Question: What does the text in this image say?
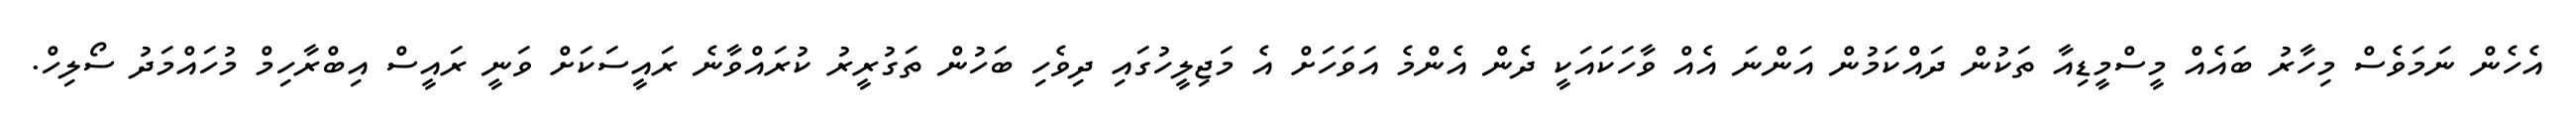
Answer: އެހެން ނަމަވެސް މިހާރު ބައެއް މީސްމީޑިއާ ތަކުން ދައްކަމުން އަންނަ އެއް ވާހަކައަކީ ދެން އެންމެ އަވަހަށް އެ މަޖިލީހުގައި ދިވެހި ބަހުން ތަގުރީރު ކުރައްވާނެ ރައީސަކަށް ވަނީ ރައީސް އިބްރާހިމް މުހައްމަދު ސޯލިހް.